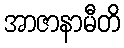
အာဇာနာမီတိ